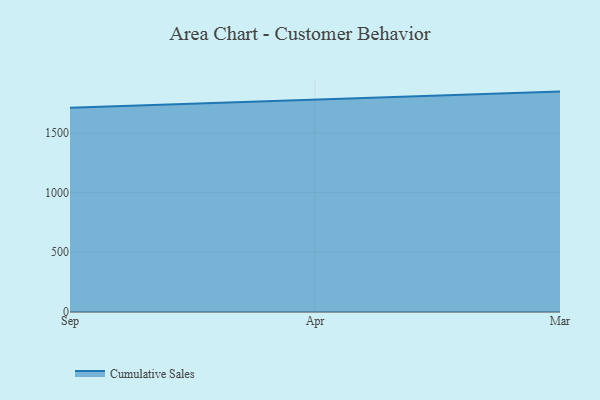
{"axis": {"x": "Month", "y": "Churn Rate (%)"}, "legend": ["Cumulative Sales"], "data": [{"x": "Sep", "y": 1710.0, "type": "Cumulative Sales"}, {"x": "Apr", "y": 1780.6, "type": "Cumulative Sales"}, {"x": "Mar", "y": 1845.6, "type": "Cumulative Sales"}]}